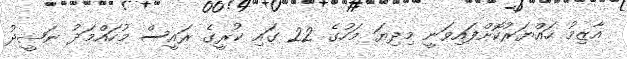
އާޒިމު ހައްޔަރުކޮށްފައިވަނީ މިދިޔަ މަހުގެ 22 ގައި ކުރީގެ ރައީސް މުހައްމަދު ނަޝީދު